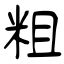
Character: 粗